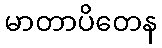
မာတာပိတေန